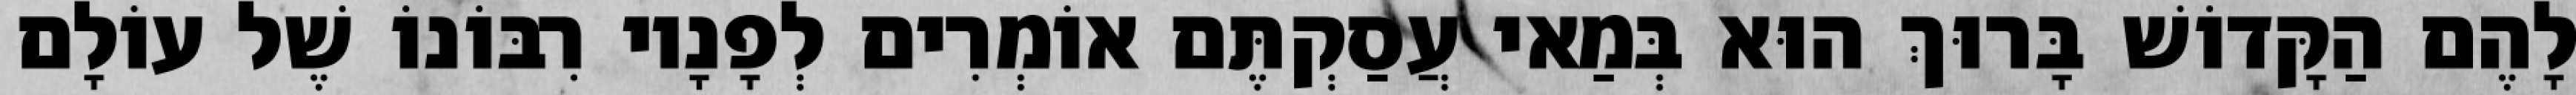
לָהֶם הַקָּדוֹשׁ בָּרוּךְ הוּא בְּמַאי עֲסַקְתֶּם אוֹמְרִים לְפָנָיו רִבּוֹנוֹ שֶׁל עוֹלָם